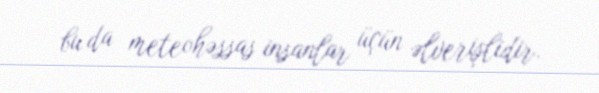
bu da meteohəssas insanlar üçün əlverişlidir.